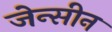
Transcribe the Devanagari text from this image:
जेन्सीन